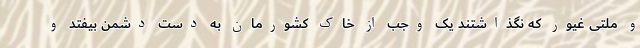
و ملتی غیور که نگذاشتند یک وجب از خاک کشورمان به دست دشمن بیفتد و